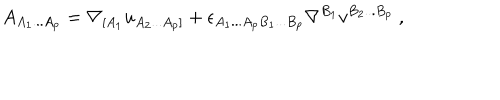
A _ { A _ { 1 } . . . A _ { p } } = \nabla _ { [ A _ { 1 } } u _ { A _ { 2 } . . . A _ { p } ] } + \epsilon _ { A _ { 1 } . . . A _ { p } B _ { 1 } . . . B _ { p } } \nabla ^ { B _ { 1 } } v ^ { B _ { 2 } . . . B _ { p } } \ ,